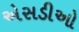
એસડીઓ